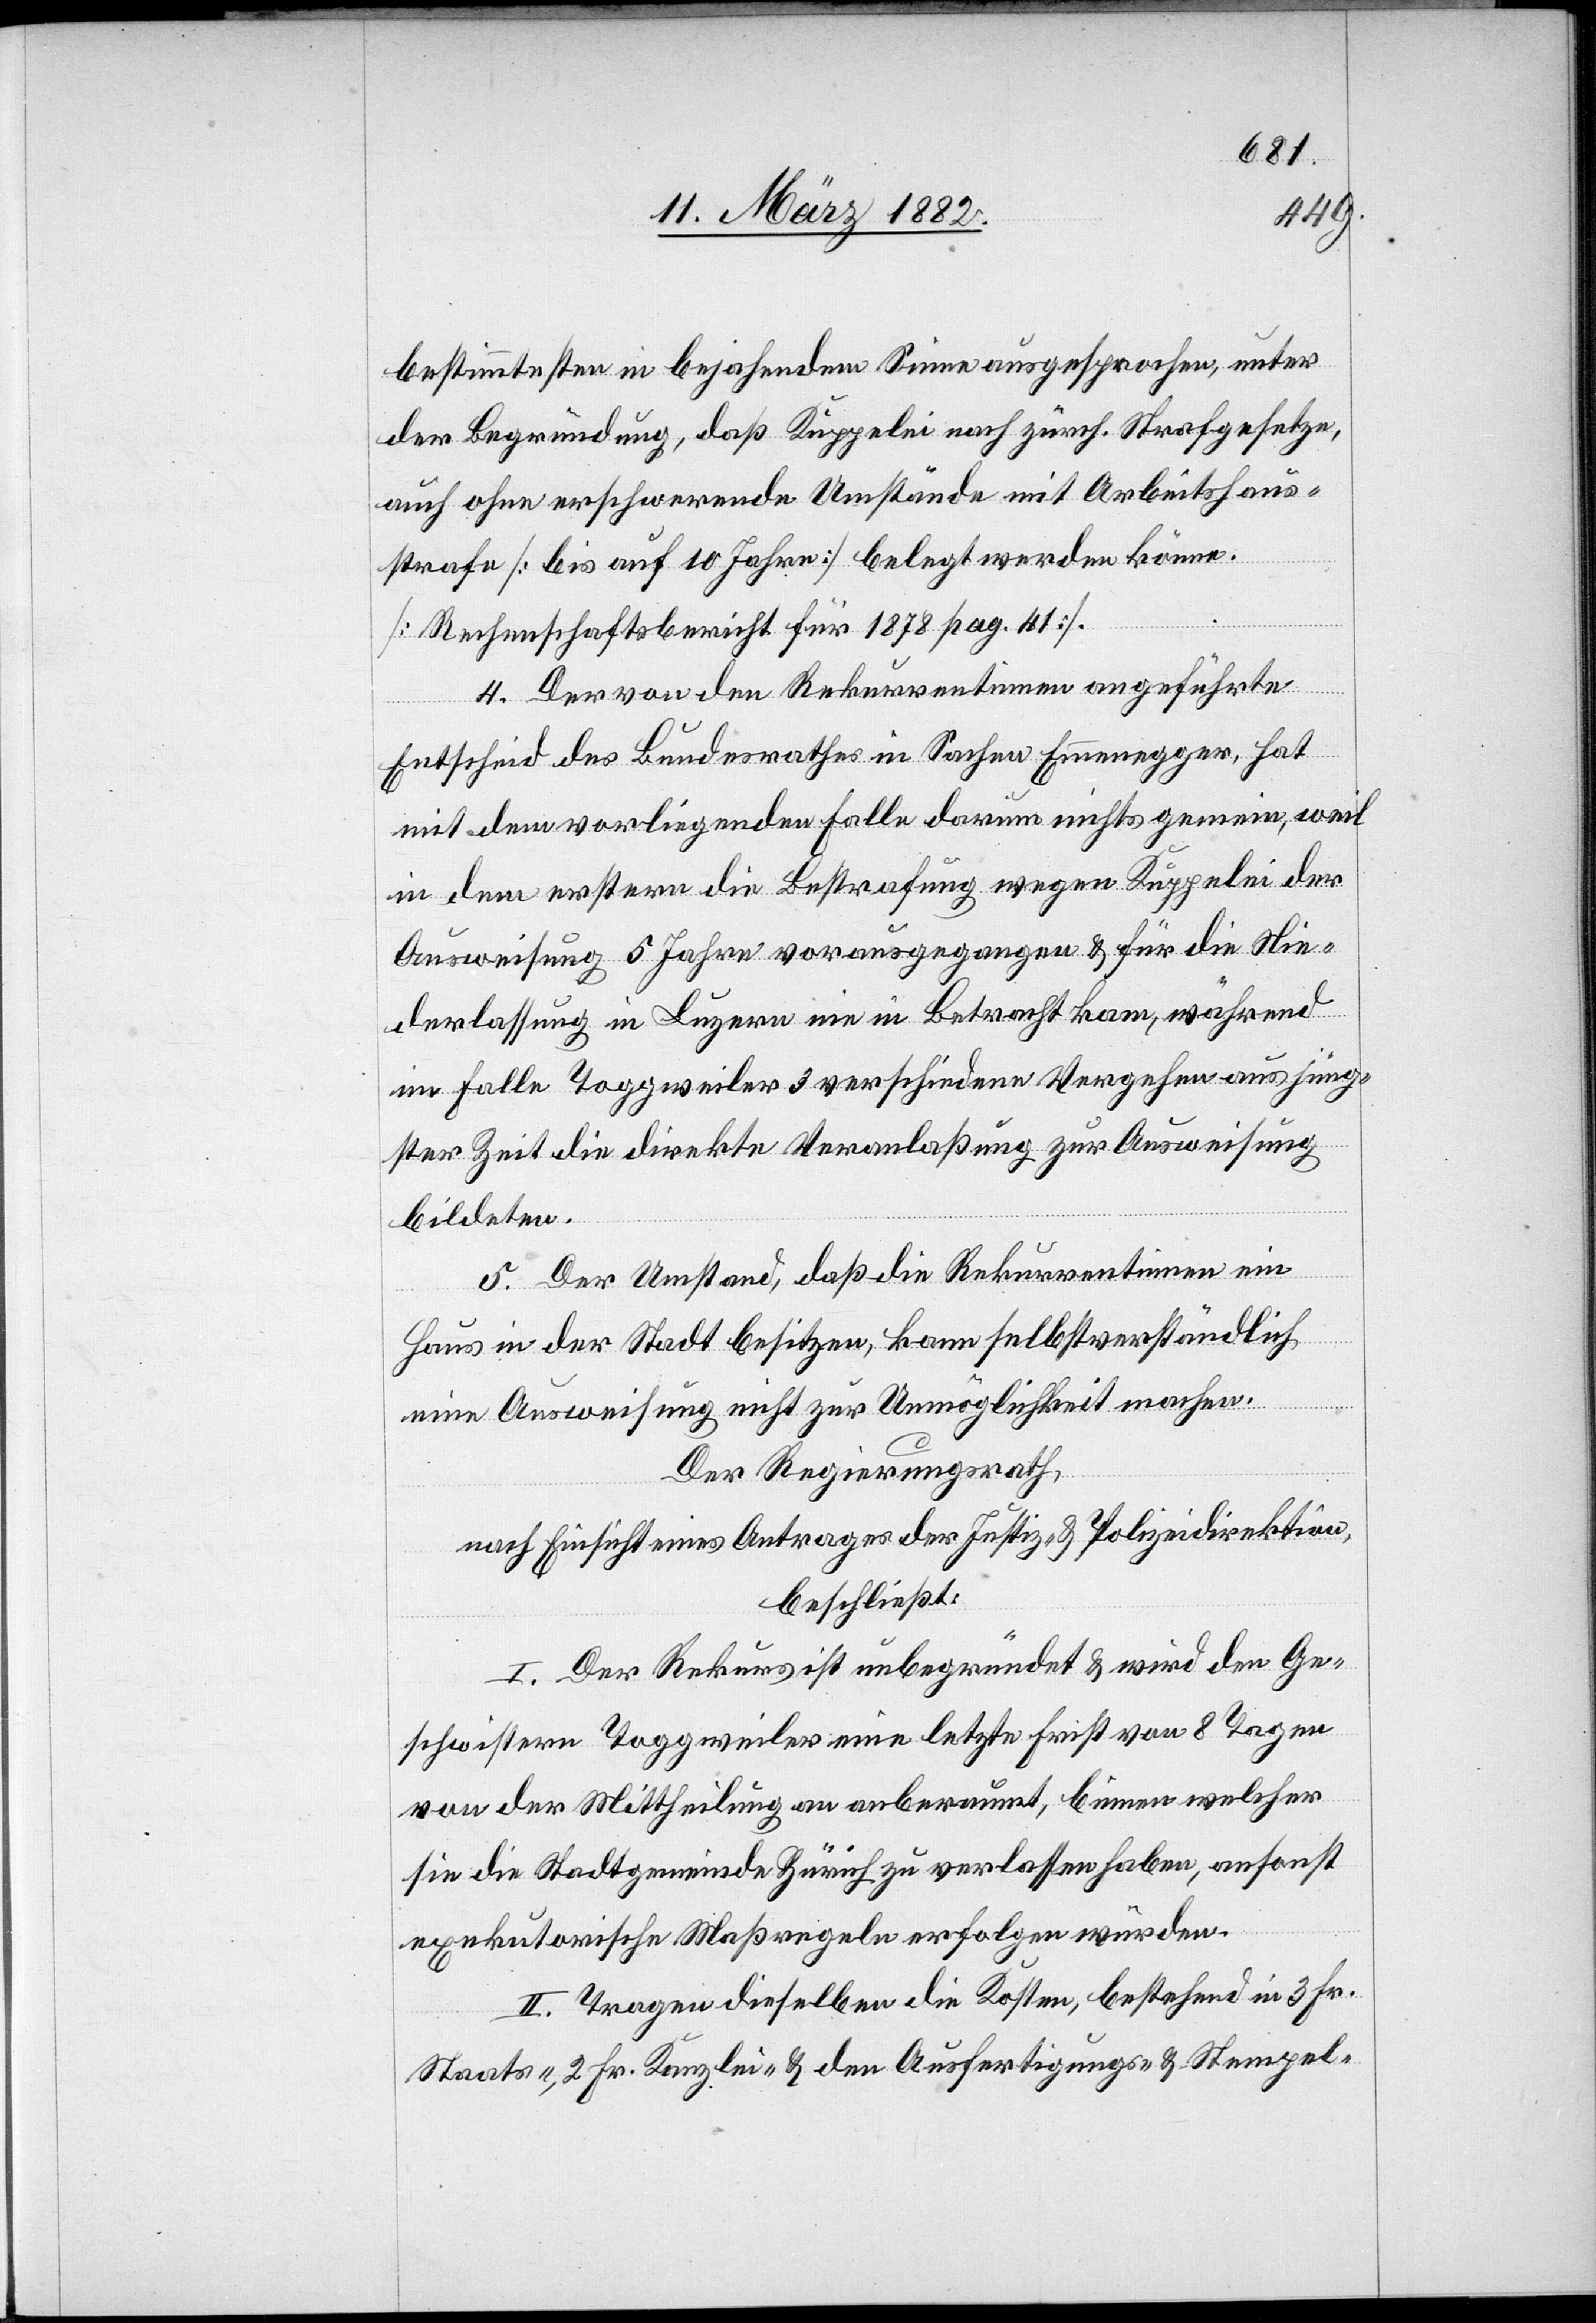
bestimmten in bejahendem Sinne ausgesprochen, unter
der Begründung, daß Kuppelei nach zürch. Strafgesetze
auch ohne erschwerende Umstände mit Arbeitshaus¬
strafe [bis auf 10 Jahre] belegt werden könne.
[Rechenschaftsbericht für 1878 pag. 41].
4. Der von den Rekurrentinnen angeführten
Entscheid des Bundesrathes in Sachen Emmenegger, hat
mit dem vorliegenden Falle darum nichts gemein, weil
in dem ersteren die Bestrafung wegen Kuppelei der
Ausweisung 5 Jahre vorausgegangen & für die Nie¬
derlassung in Luzern nie in Betracht kam, während
im Falle Toggweiler 3 verschiedene Vergehen aus jüng¬
ster Zeit die direkte Veranlaßung zur Ausweisung
bildeten.
5. Der Umstand, daß die Rekurrentinnen ein
Haus in der Stadt besitzen, kann selbstverständlich
eine Ausweisung nicht zur Unmöglichkeit machen.
Der Regierungsrath
nach Einsicht eines Antrages der Justiz- & Polizeidirektion,
beschließt:
I. Der Rekurs ist unbegründet & wird den Ge¬
schwistern Toggweiler eine letzte Frist von 8 Tagen
von der Mittheilung an anberaumt, binnen welche
sie die Stadtgemeinde Zürich zu verlassen haben, ansonst
exekutorische Maßregeln erfolgen würden.
II. Tragen dieselben die Kosten, bestehend in 3 Fr.
Staats-, 2 Fr. Kanzlei- & den Ausfertigungs- Stempel-